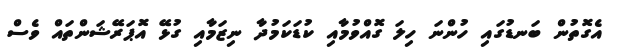
އެގޮތުން ބަނޑުގައި ހުންނަ ހިލަ ގޮއްވުމާއި ކުޑަކަމުދާ ނިޒަމާއި ގުޅޭ އޮޕަރޭޝަންތައް ވެސް